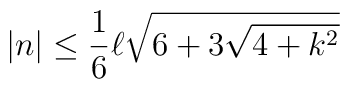
\left| n\right| \leq \frac{1}{6}\ell \sqrt{6+3\sqrt{4+k^{2}}}